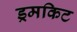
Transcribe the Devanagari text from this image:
ड्रमकिट